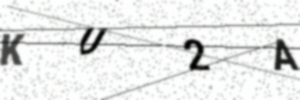
Text: KU2A